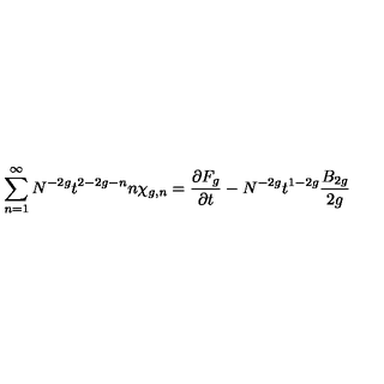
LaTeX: \sum _ { n = 1 } ^ { \infty } N ^ { - 2 g } t ^ { 2 - 2 g - n } n \chi _ { g , n } = { \frac { \partial F _ { g } } { \partial t } } - N ^ { - 2 g } t ^ { 1 - 2 g } { \frac { B _ { 2 g } } { 2 g } }